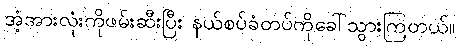
အံ့အားလုံးကိုဖမ်းဆီးပြီး နယ်စပ်ခံတပ်ကိုခေါ်သွားကြတယ်။